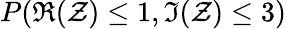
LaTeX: P(\Re{(\mathcal{Z})}\leq1,\Im{(\mathcal{Z})}\leq3)